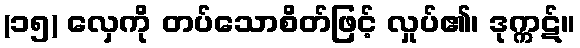
(၁၅) လှေကို တပ်သောစိတ်ဖြင့် လှုပ်၏၊ ဒုက္ကဋ်။